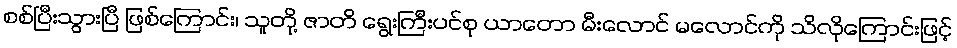
စစ်ပြီးသွားပြီ ဖြစ်ကြောင်း၊ သူတို့ ဇာတိ ရွေးကြီးပင်စု ယာတော မီးလောင် မလောင်ကို သိလိုကြောင်းဖြင့်